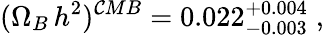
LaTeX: (\Omega_{B}\, h^{2})^{\mathcal{C}MB}=0.022_{-0.003}^{+0.004}\; ,